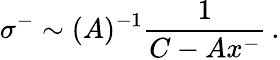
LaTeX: \sigma^{-}\sim(A)^{-1}\frac{1}{C-Ax^{-}}\, .